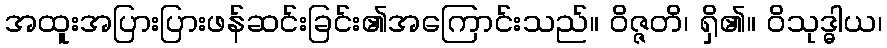
အထူးအပြားပြားဖန်ဆင်းခြင်း၏အကြောင်းသည်။ ဝိဇ္ဇတိ၊ ရှိ၏။ ဝိသုဒ္ဓါယ၊